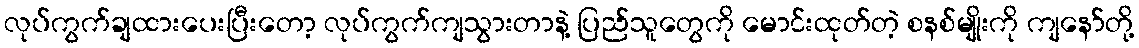
လုပ်ကွက်ချထားပေးပြီးတော့ လုပ်ကွက်ကျသွားတာနဲ့ ပြည်သူတွေကို မောင်းထုတ်တဲ့ စနစ်မျိုးကို ကျနော်တို့